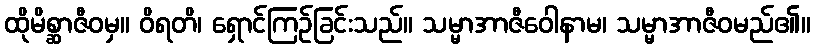
ထိုမိစ္ဆာဇီဝမှ။ ဝိရတိ၊ ရှောင်ကြဉ်ခြင်းသည်။ သမ္မာအာဇီဝေါနာမ၊ သမ္မာအာဇီဝမည်၏။